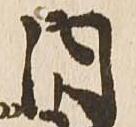
内